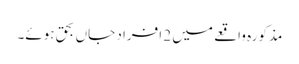
مذکورہ واقعے میں 2 افراد جاں بحق ہوئے۔